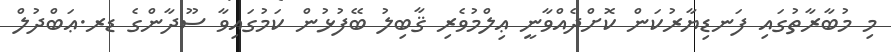
މި މުބާރާތުގައި ފަނޑިޔާރުކަން ކޮށްދެއްވާނީ ޢިލްމުވެރި ޤާބިލު ބޭފުޅުން ކަމުގައިވާ ސޫދާންގެ ޑރ.ޢަބްދުލް